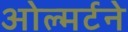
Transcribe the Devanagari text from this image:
ओल्मर्टने